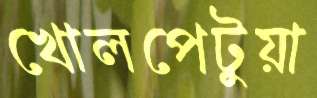
খোলপেটুয়া